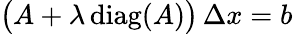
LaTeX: {\big(}A+\lambda\operatorname{diag}(A){\big)}\, \Delta x=b